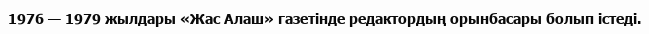
1976 — 1979 жылдары «Жас Алаш» газетінде редактордың орынбасары болып істеді.